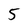
Character: 5